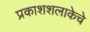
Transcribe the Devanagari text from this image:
प्रकाशशलाकेचे